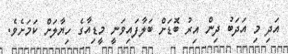
އަދި މި އަދަބު ދިން އިރު ބޮޑަށް ބަލާފައިވަނީ މީޑިއާގެ ހިޔާލަށް ކަމަށެވެ.